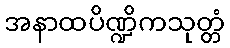
အနာထပိဏ္ဍိကသုတ္တံ